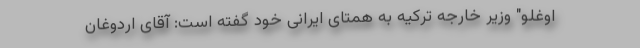
اوغلو" وزیر خارجه ترکیه به همتای ایرانی خود گفته است: آقای اردوغان